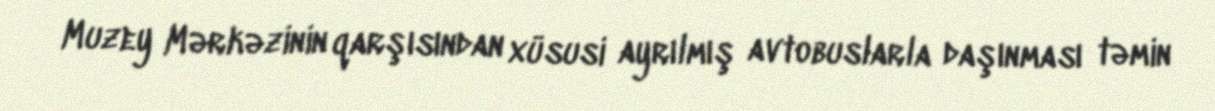
Muzey Mərkəzinin qarşısından xüsusi ayrılmış avtobuslarla daşınması təmin